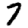
Digit: 7